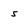
Character: 5